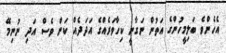
އެހެންވެ ބަލިމީހުންގެ އަތުން ނަގާނީ ކިހާވަރެއްގެ އަދަދެއް ކަން ވެސް އަދި ނުނިމޭ